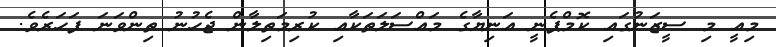
މިއީ މި ސީޒަނުގައި ކޮމްޕެނީ އަނިޔާގެ މައްސަލަތަކާއި ކުރިމަތިލާން ޖެހުނު ތިންވަނަ ފަހަރެވެ.